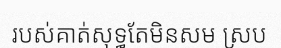
របស់គាត់សុទ្ធតែមិនសម ស្រប